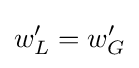
w'_{L}=w'_{G}